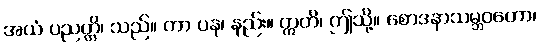
အယံ ပညတ္တိ၊ သည်။ ကာ ပန၊ နည်း။ ဣတိ၊ ဤသို့။ စောဒနာသမ္ဘဝတော၊